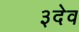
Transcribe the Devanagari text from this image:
३देव